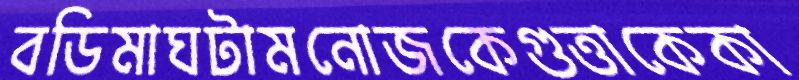
বডিমাঘটামনোজকেগুত্তাকেকা